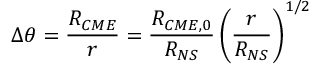
\Delta \theta = \frac { R _ { C M E } } { r } = \frac { R _ { C M E , 0 } } { R _ { N S } } \left( \frac { r } { R _ { N S } } \right) ^ { 1 / 2 }